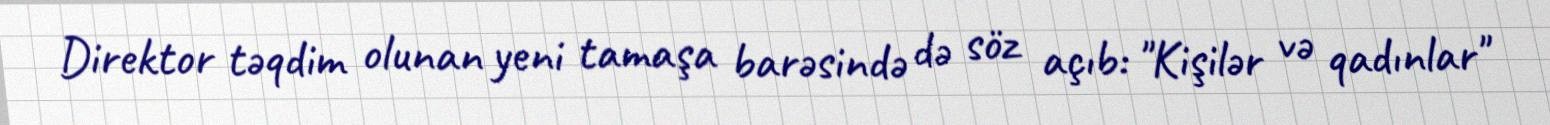
Direktor təqdim olunan yeni tamaşa barəsində də söz açıb: "Kişilər və qadınlar"